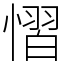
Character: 慴